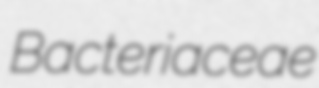
Bacteriaceae